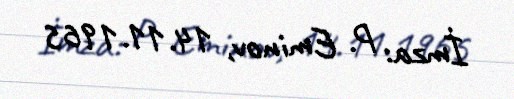
İmza: P. Eminov, 14.11.1965